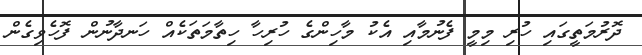
ދޮރުމަތީގައި ހުރި މިމީ ފެނުމާއި އެކު މާހިންގެ ހުރިހާ ހިތާމަތަކެއް ހަނދާނުން ފޮހެވިގެން